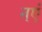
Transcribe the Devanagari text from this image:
नएं